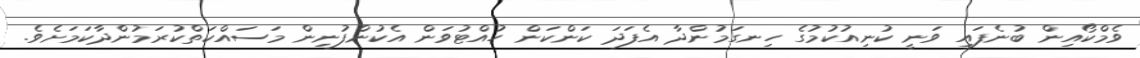
ވެމްކޯއިން ބުނެފައި ވަނީ ކުނިއުކުމުގެ ހިނގަމުންދާ އެފަދަ ކަންކަން ހުއްޓުވަން އެކުންފުނިން މަސައްކަތްކުރަމުންދާކަމަށެވެ.